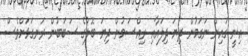
އިނީ ގައިން ނަގަމުން ދިޔަ ދިލައާއި ރިއްސަމުން ދިޔަ ބޮލުގެ ސަބަބުން ރަނގަޅަށްވެސް